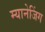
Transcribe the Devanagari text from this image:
म्यानेजिंग